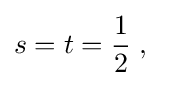
s=t={\frac {1}{2}}\;,\quad